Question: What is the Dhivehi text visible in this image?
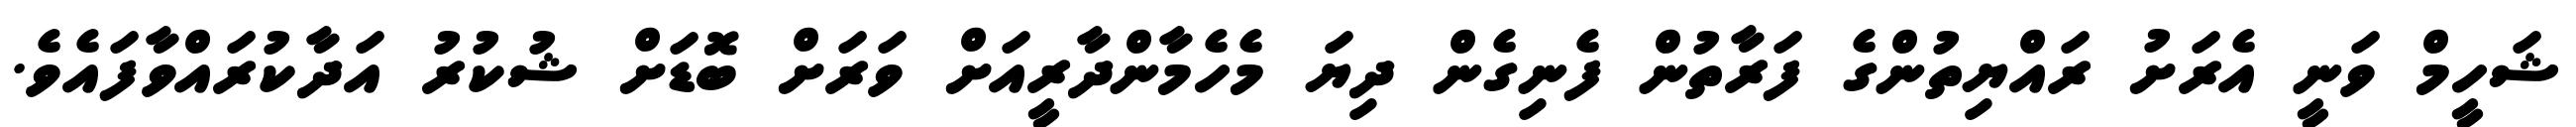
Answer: ޝަހީމް ވަނީ އެރަށު ރައްޔިތުންގެ ފަރާތުން ފެނިގެން ދިޔަ މެހެމާންދާރީއަށް ވަރަށް ބޮޑަށް ޝުކުރު އަދާކުރައްވާފައެވެ.